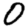
Digit: 0